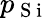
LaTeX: p_{\mathrm{~S~i~}}